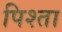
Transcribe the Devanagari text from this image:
पिश्ता